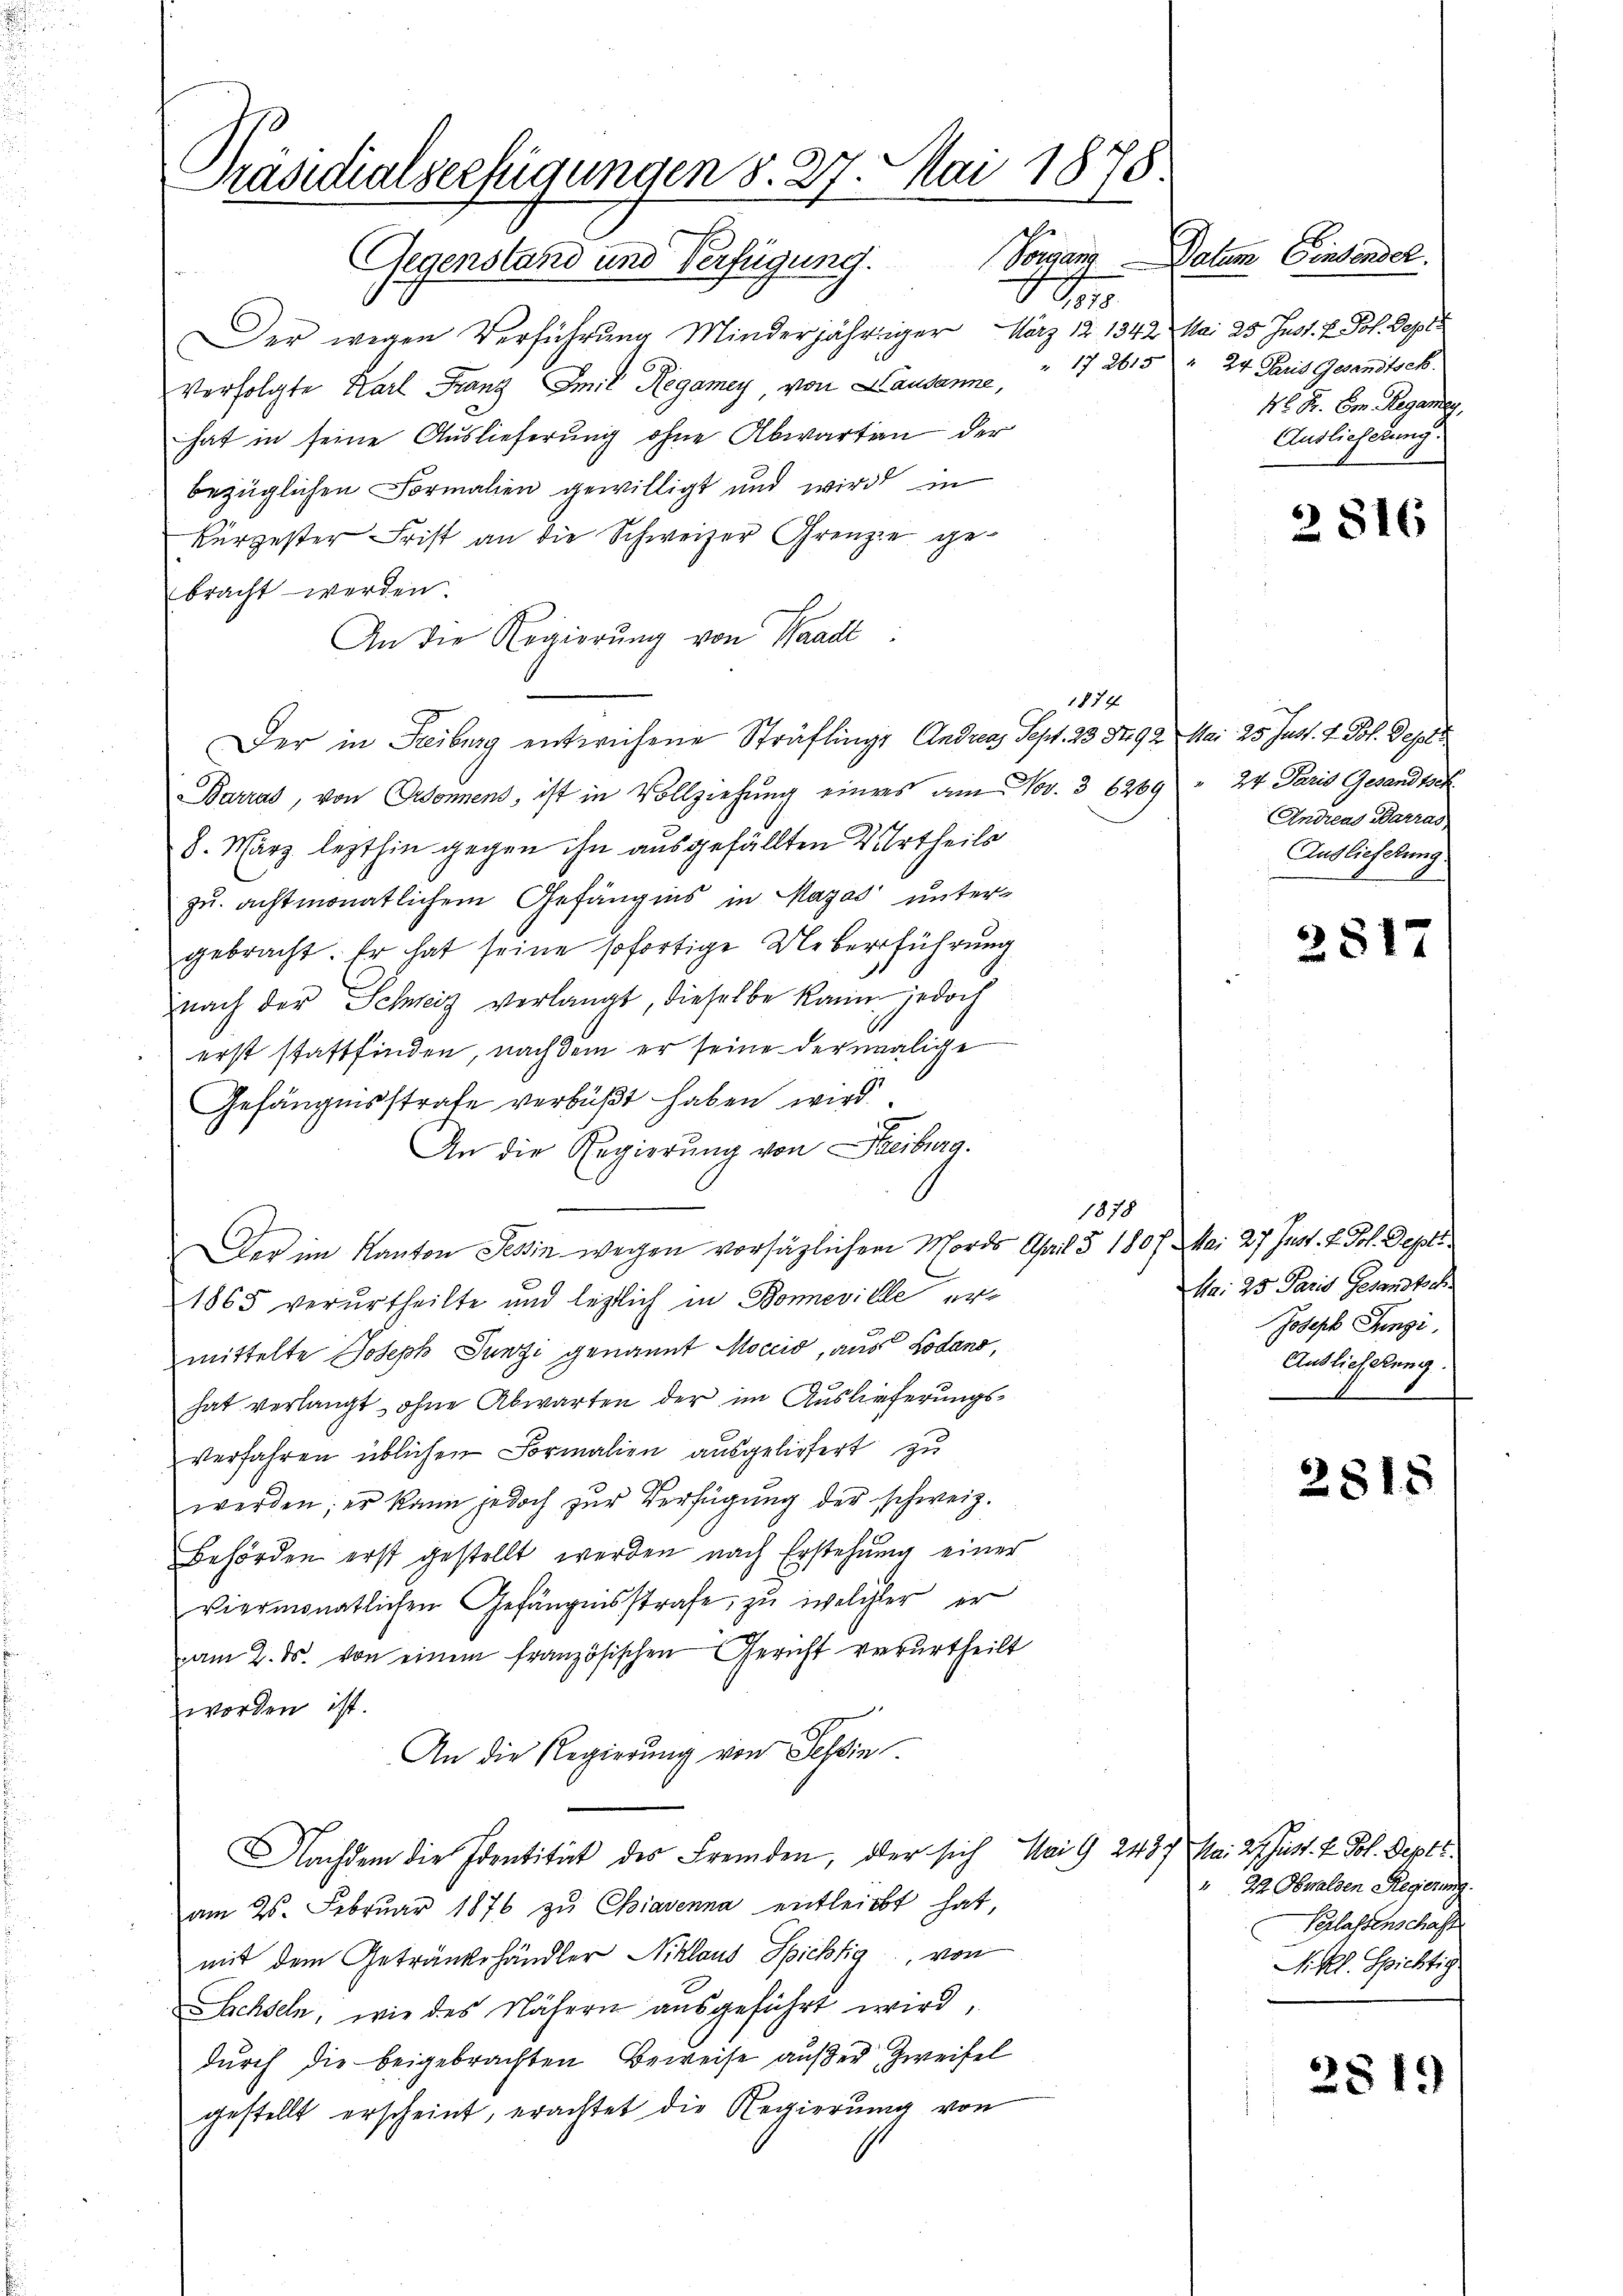
Präsidialserfügungen d. 27. Mai 1878.
e:

Gegenstand und Verfügung.
70
Der wegen Verführung Minderjähriger März 12 1342 Mai 25 Just. v. Joh. Sept
verfolgte Karl Franz Emil Hegamey, von Lausanne, " 172615 " 24 Paris Gesandtsch
hat in seine Auslieferung ohne Abwarten der
bezüglichen Formalien gewilligt und wird in
Kürzester Frist an die Schweizer Grenze gebracht werden
An die Regierung von Waadt:
Der in Freiburg entwichene Sträflings Andreas Sept. 23 Fr. 92 Mai 25 Just. v. Joh. Depart
Barras, von Ordonnens, ist in Vollziehung einers am Nov. 3 6269 " 24 Paris Gesandtsch
8. März lezthin gegen ihn ausgefällten Wurtheils
zu achtmonatlichem Gefängnis in Magad untergebracht. Er hat seine sofortige Ueberführung
nach der Schweiz verlangt, dieselbe kann jedoch
erst stattfinden, nach dem er seine dermalige
Gefängnisstrafe verbüßt haben wird
An die Regierung von Freiburg.
Der im Kanton Tessin wegen vorsätzlichen Mordes April § 180 f. Mai 27 Just. v. Joh. Septe
1865 verurtheilte und letztlich in Boneville ermittelte Joseph Junzi genannt Moccio, aus Lodano,
hat verlangt, ohne Abwarten der im Auslieferungsverfahren üblichen Formalien ausgeliefert zu
werden; er kann jedoch zŭr Verfügŭng der schweiz.
Behörden erst gestellt werden nach Erstehung einer
viermonatlichen Gefängnisstrafe zu welcher er
am 2. ds. von einem französischen Gericht verurtheilt
worden ist.
An die Regierung von Schin
NNachdem die Identität des Fremden, oder sich Mai 9 2437 Mai 21 Just. v. Joh. Deper.
am 25. Febrŭar 1876 zŭ Chiavenna entleicht hat,
mit dem Getränkehändler Niklaus Spichtig, von
Sachseln, wie des Nähern ausgeführt wird,
durch die beigebrachten Beweise außer Zweifel
gestellt erscheint, erachtet die Regierung von

1874

1878

Tomans Datum Einsender.
45 Fr. Er Regante,
Auslieferung.

3816

Andreas Barras
Auslieferung

281

Mai 25 Paris Gesandtsch.
Joseph Junzi
Auslichslung.

2815

" 22. Obwalden Regierung.
Verlassenschaft
Nikl. Spichtig

2819